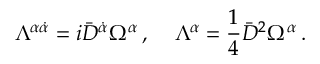
\Lambda ^ { \alpha \dot { \alpha } } = i \bar { D } ^ { \dot { \alpha } } \Omega ^ { \alpha } \, , \; \; \; \; \Lambda ^ { \alpha } = \frac { 1 } { 4 } \bar { D } ^ { 2 } \Omega ^ { \alpha } \, .